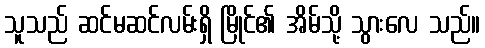
သူသည် ဆင်မဆင်လမ်းရှိ မြိုင်၏ အိမ်သို့ သွားလေ သည်။